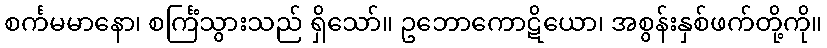
စင်္ကမမာနော၊ စင်္ကြံသွားသည် ရှိသော်။ ဥဘောကောဋိယော၊ အစွန်းနှစ်ဖက်တို့ကို။